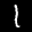
Label: 1